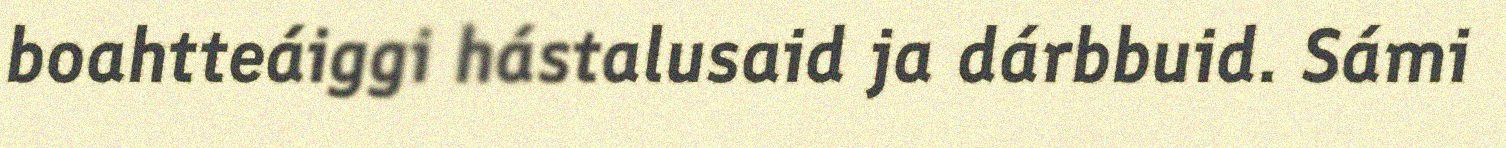
boahtteáiggi hástalusaid ja dárbbuid. Sámi